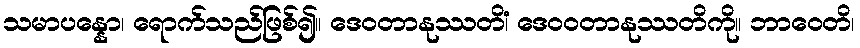
သမာပန္နော၊ ရောက်သည်ဖြစ်၍။ ဒေဝတာနုဿတိံ၊ ဒေဝဝတာနုဿတိကို။ ဘာဝေတိ၊